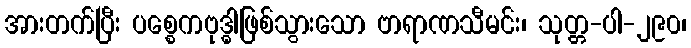
အားတက်ပြီး ပစ္စေကဗုဒ္ဓါဖြစ်သွားသော ဗာရာဏသီမင်း၊ သုတ္တ-ပါ-၂၉၀၊